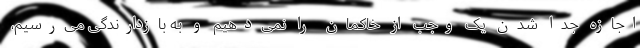
اجازه جدا شدن یک وجب از خاکمان را نمی‌دهیم و به بازدارندگی می‌رسیم،